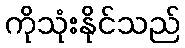
ကိုသုံးနိုင်သည်